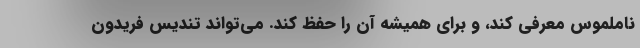
ناملموس معرفی کند، و برای همیشه آن را حفظ کند. می‌تواند تندیس فریدون